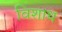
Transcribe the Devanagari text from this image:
विशाध